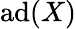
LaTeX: \operatorname{ad}(X)